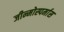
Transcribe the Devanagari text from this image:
जीन्मोस्पर्मास